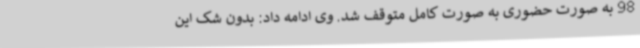
98 به صورت حضوری به صورت کامل متوقف شد. وی ادامه داد: بدون شک این